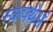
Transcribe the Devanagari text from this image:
स्कयथेआं